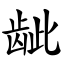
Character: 龇